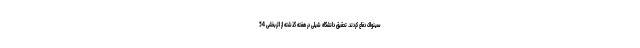
سینواک دفاع کردند. تحقیق دانشگاه شیلی در هفته گذشته از اثربخشی 54